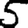
Digit: 5